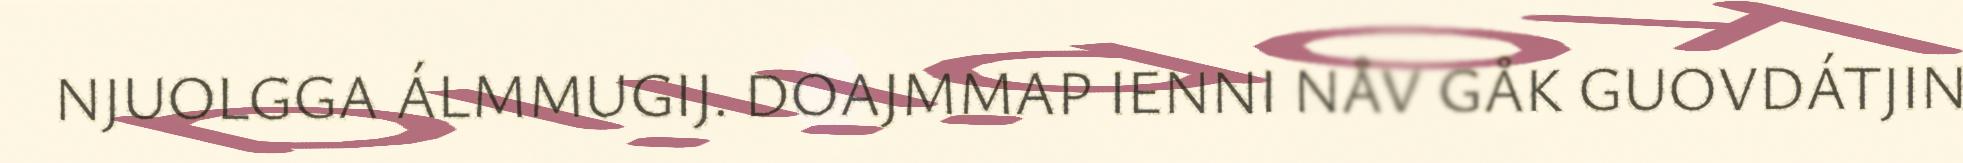
NJUOLGGA ÁLMMUGIJ. DOAJMMAP IENNI NÅV GÅK GUOVDÁTJIN